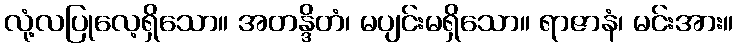
လုံ့လပြုလေ့ရှိသော။ အတန္ဒိတံ၊ မပျင်းမရှိသော။ ရာဇာနံ၊ မင်းအား။